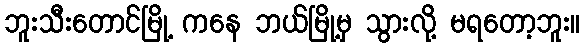
ဘူးသီးတောင်မြို့ ကနေ ဘယ်မြို့မှ သွားလို့ မရတော့ဘူး။